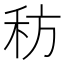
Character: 䄱